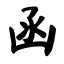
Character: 函